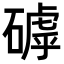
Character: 𥕕